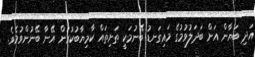
އަދި ބަޔާން އަށް ބަދަލުވުމުގެ މައިގަނޑު ބޭނުމަކީ ތަށިތައް ކާމިޔާބުކުރަން އޭނާ ބޭނުންވުމެވެ.